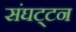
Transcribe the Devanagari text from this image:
संघट्‍टन